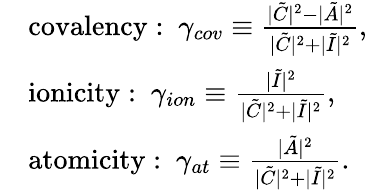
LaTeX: \begin{array}{rl}&{\mathrm{covalency:~}\gamma_{cov}\equiv\frac{|\tilde{C}|^{2}-|\tilde{A}|^{2}}{|\tilde{C}|^{2}+|\tilde{I}|^{2}},}\\ &{\mathrm{ionicity:~}\gamma_{ion}\equiv\frac{|\tilde{I}|^{2}}{|\tilde{C}|^{2}+|\tilde{I}|^{2}},}\\ &{\mathrm{atomicity:~}\gamma_{at}\equiv\frac{|\tilde{A}|^{2}}{|\tilde{C}|^{2}+|\tilde{I}|^{2}}.}\end{array}